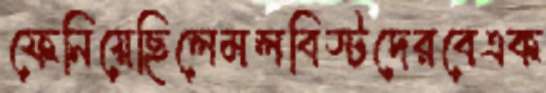
ফেনিয়েছিলেমলবিস্টদেরবেএক